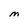
Character: M